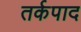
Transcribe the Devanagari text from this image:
तर्कपाद